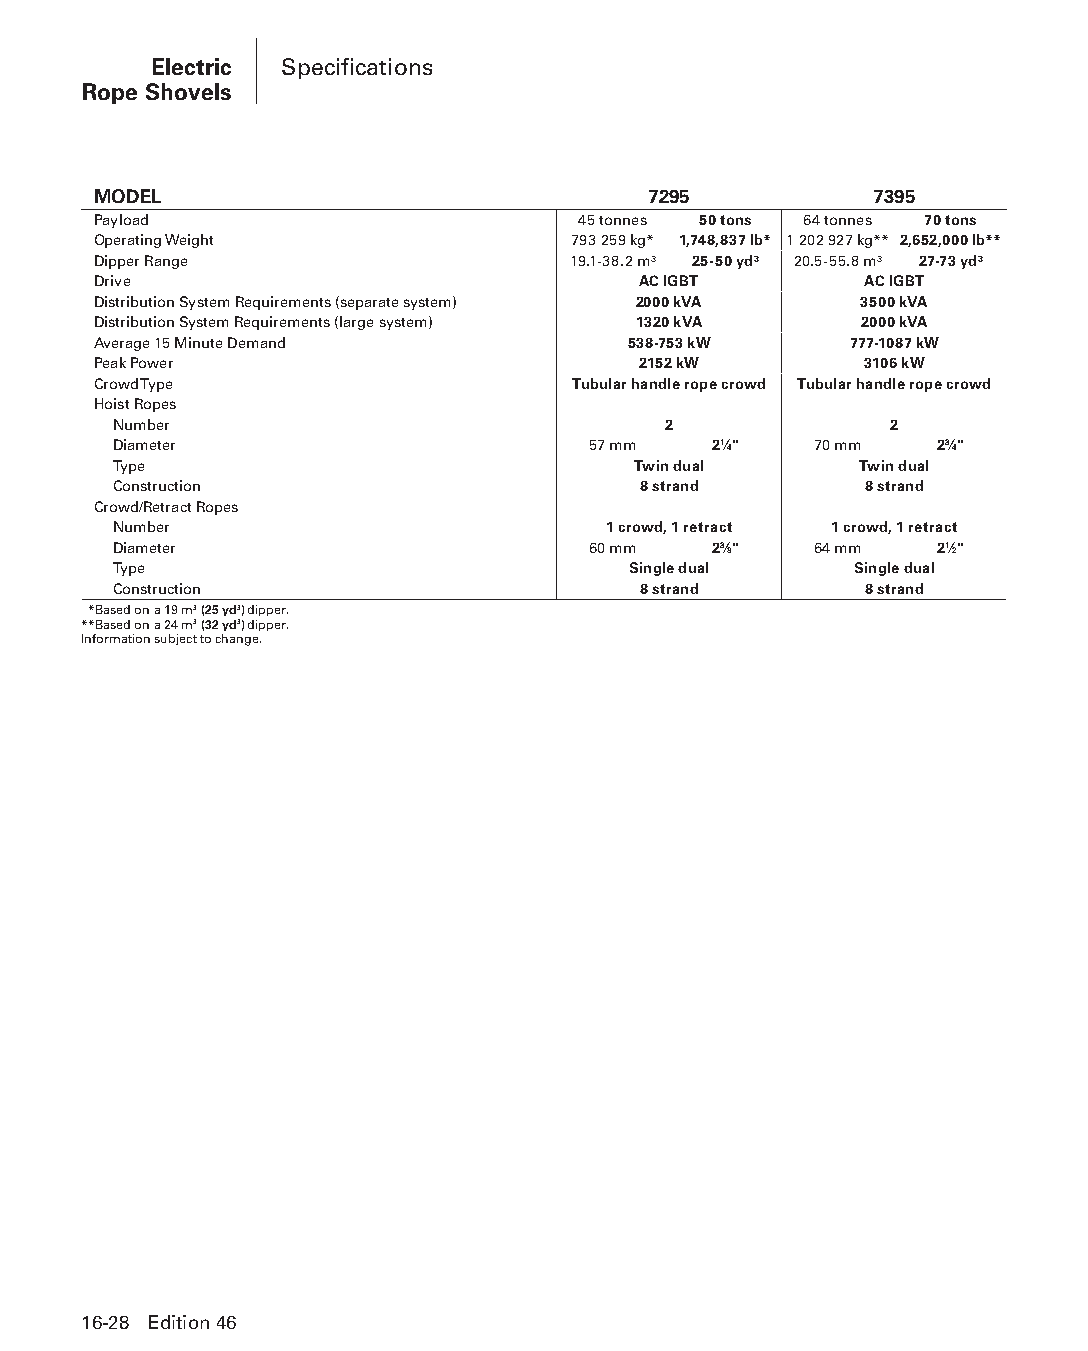
Electric Specifications
 Rope Shovels
 MODEL                               7295           7395
 Payload                         45 tonnes 50 tons 64 tonnes 70 tons
 Operating Weight               793 259 kg* 1,748,837 lb* 1 202 927 kg** 2,652,000 lb**
 Dipper Range                   19.1-38.2 m³ 25-50 yd³ 20.5-55.8 m³ 27-73 yd³
 Drive                               AC IGBT        AC IGBT
 Distribution System Requirements (separate system) 2000 kVA 3500 kVA
 Distribution System Requirements (large system) 1320 kVA 2000 kVA
 Average 15 Minute Demand           538-753 kW     777-1087 kW
 Peak Power                          2152 kW        3106 kW
 Crowd Type                     Tubular handle rope crowd Tubular handle rope crowd
 Hoist Ropes
 Number                              2              2
 Diameter                       57 mm    21⁄4" 70 mm   23⁄4"
 Type                              Twin dual      Twin dual
 Construction                       8 strand       8 strand
 Crowd/Retract Ropes
 Number                          1 crowd, 1 retract 1 crowd, 1 retract
 Diameter                       60 mm    23⁄8" 64 mm   21⁄2"
 Type                              Single dual    Single dual
 Construction                       8 strand       8 strand
 *Based on a 19 m3 (25 yd3) dipper.
 **Based on a 24 m3 (32 yd3) dipper.
 Information subject to change.
 16-28 Edition 46
 PPHHBB--SSeecc1166--EElleeccttrriiccRRooppeeSShhoovveellss((ppgg002255--004488))..iinndddd 2288 1122//44//1155 1100::5533 AAMM